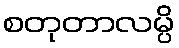
စတုတာလမ္ပိ